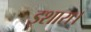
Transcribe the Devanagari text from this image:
इशारा।